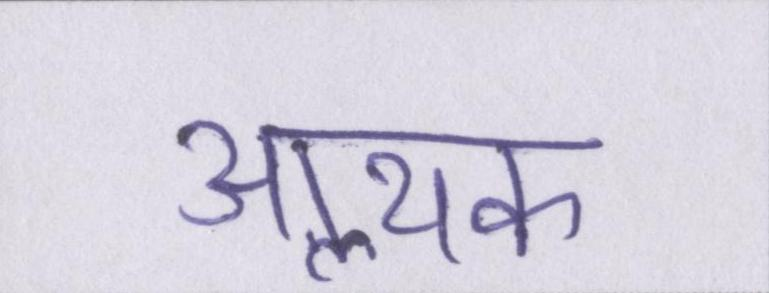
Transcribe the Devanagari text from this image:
आॢथक